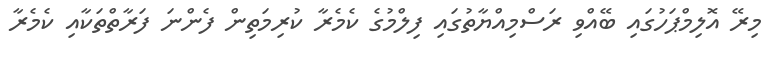
މިރޭ އޮލިމްޕަހުގައި ބޭއްވި ރަސްމިއްޔާތުގައި ފިލްމުގެ ކެމެރާ ކުރިމަތިން ފެންނަ ފަރާތްތަކާއި ކެމެރާ